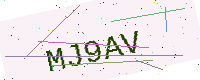
Text: MJ9AV